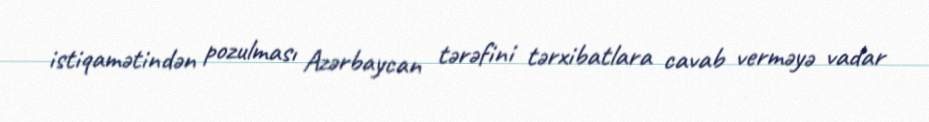
istiqamətindən pozulması Azərbaycan tərəfini tərxibatlara cavab verməyə vadar